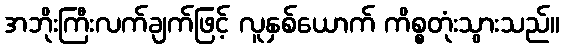
အဘိုးကြီးလက်ချက်ဖြင့် လူနှစ်ယောက် ကိစ္စတုံးသွားသည်။